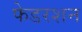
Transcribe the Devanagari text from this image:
फेडरशन